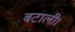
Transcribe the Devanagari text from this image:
बटाली।